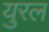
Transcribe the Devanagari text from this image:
युरल